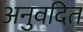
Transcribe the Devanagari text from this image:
अनुवदित